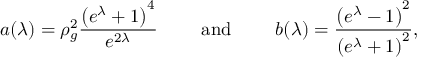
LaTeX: a ( \lambda ) = \rho _ { g } ^ { 2 } \frac { \left( e ^ { \lambda } + 1 \right) ^ { 4 } } { e ^ { 2 \lambda } } \qquad \mathrm { ~ a n d ~ } \qquad b ( \lambda ) = \frac { \left( e ^ { \lambda } - 1 \right) ^ { 2 } } { \left( e ^ { \lambda } + 1 \right) ^ { 2 } } ,